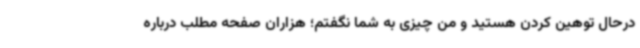
درحال توهین کردن هستید و من چیزی به شما نگفتم؛ هزاران صفحه مطلب درباره